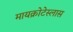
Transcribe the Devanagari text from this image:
मायक्रोटेस्लास